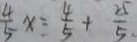
\frac { 4 } { 5 } x = \frac { 4 } { 5 } + \frac { 2 5 } { 5 . }